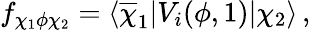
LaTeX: f_{\chi_{1}\phi\chi_{2}}=\langle\overline{{\chi}}_{1}|V_{i}(\phi,1)|\chi_{2}\rangle\, ,